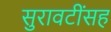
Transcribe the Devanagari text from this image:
सुरावटींसह